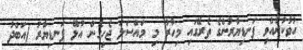
ހުވާކުރެއްވި ފަނޑިޔާރުންގެ ތެރޭގައި މިހާރު މި މައްސަލަ ޖެހިގެން އުޅޭ ފަނޑިޔާރު (އަބްދު